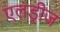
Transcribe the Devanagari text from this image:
एलड्रीज